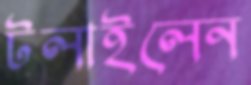
টলাইলেন